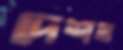
দেশত